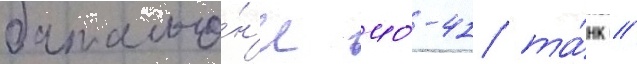
батальо́н'е 40-41 та́нк /